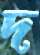
দ